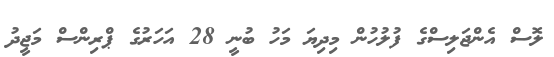
ލޮސް އެންޖަލިސްގެ ފުލުހުން މިދިޔަ މަހު ބުނީ 28 އަހަރުގެ ޕްރިންސް މަޖީދު